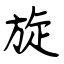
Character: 旋